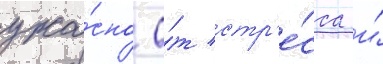
ужа́сно о́т стр'е́сса и́